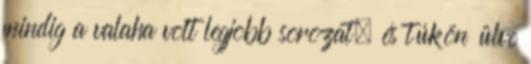
mindig a valaha volt legjobb sorozat, és túkön ülve